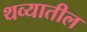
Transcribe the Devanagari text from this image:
थव्यातील